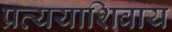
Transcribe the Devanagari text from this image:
प्रत्ययाशिवाय